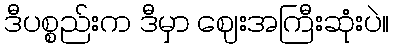
ဒီပစ္စည်းက ဒီမှာ ဈေးအကြီးဆုံးပဲ။